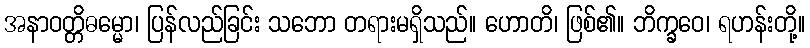
အနာဝတ္တိဓမ္မော၊ ပြန်လည်ခြင်း သဘော တရားမရှိသည်။ ဟောတိ၊ ဖြစ်၏။ ဘိက္ခဝေ၊ ရဟန်းတို့။